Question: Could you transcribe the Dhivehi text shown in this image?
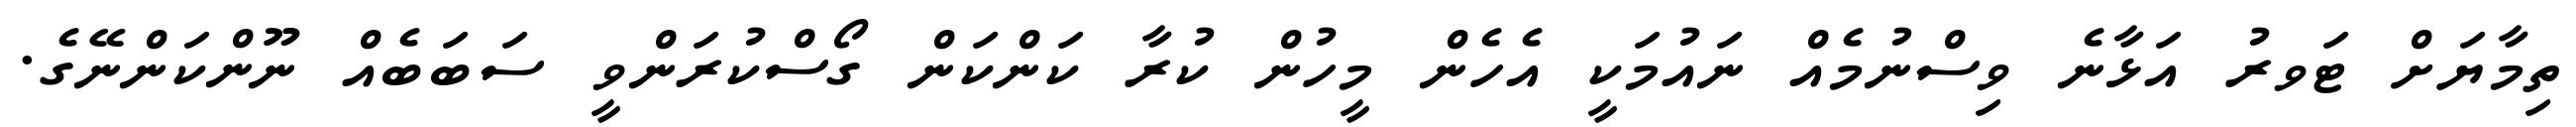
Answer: ތިމާޔަށް ޓަވރު އަޅާނެ ވިސްނުމެއް ނައުމަކީ އެހެން މީހުން ކުރާ ކަންކަން ގޯސްކުރަންވީ ސަބަބެއް ނޫންކަންނޭގެ.